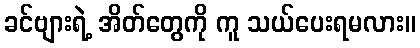
ခင်ဗျားရဲ့ အိတ်တွေကို ကူ သယ်ပေးရမလား။